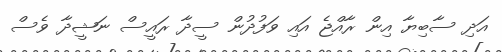
އަދި ސާބިޔާ އިން ރާއްޖެ އައި ވަފުދުން ސީދާ ރައީސް ނަޝީދާ ވެސް